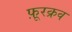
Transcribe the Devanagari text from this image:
फ़ूरक्रव